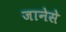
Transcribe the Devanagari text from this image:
जानेसे